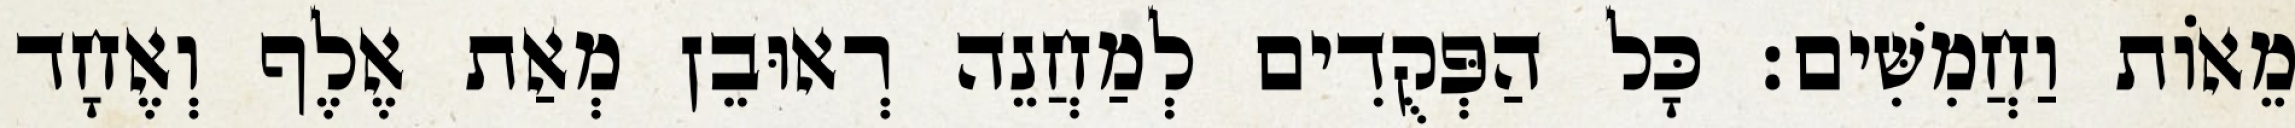
מֵאוֹת וַחֲמִשִּׁים׃ כָּל הַפְּקֻדִים לְמַחֲנֵה רְאוּבֵן מְאַת אֶלֶף וְאֶחָד